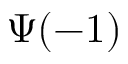
\Psi ( - 1 )